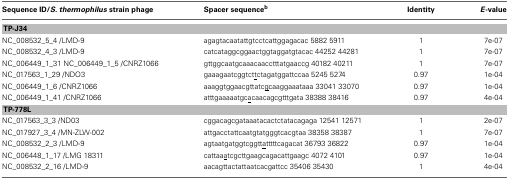
<table><thead><tr><td><b>Sequence ID/<i>S. thermophilus</i> strain phage</b></td><td><b>Spacer sequence<sup>b</sup></b></td><td><b>Identity</b></td><td><b><i>E</i>-value</b></td></tr></thead><tbody><tr><td colspan="4"><b>TP-J34</b></td></tr><tr><td>NC_008532_5_4 /LMD-9</td><td>agagtacaatattgtcctcattggagacac 5882 5911</td><td>1</td><td>7e-07</td></tr><tr><td>NC_008532_4_3 /LMD-9</td><td>catcataggcggaactggtaggatgtacac 44252 44281</td><td>1</td><td>7e-07</td></tr><tr><td>NC_006449_1_31 NC_006449_1_5 /CNRZ1066</td><td>gttggcaatgcaaacaacctttatgaaccg 40182 40211</td><td>1</td><td>7e-07</td></tr><tr><td>NC_017563_1_29 /NDO3</td><td>gaaagaatcggtct<underline>t</underline>ctagatggattccaa 5245 5274</td><td>0.97</td><td>1e-04</td></tr><tr><td>NC_006449_1_6 /CNRZ1066</td><td>aaaggtggaacgttatc<underline>g</underline>caaggaaataaa 33041 33070</td><td>0.97</td><td>1e-04</td></tr><tr><td>NC_006449_1_41 /CNRZ1066</td><td>atttgaaaaatgc<underline>a</underline>caacagcgtttgata 38388 38416</td><td>0.97</td><td>4e-04</td></tr><tr><td colspan="4"><b>TP-778L</b></td></tr><tr><td>NC_017563_3_3 /ND03</td><td>cggacagcgataaatacactctatacagaga 12541 12571</td><td>1</td><td>2e-07</td></tr><tr><td>NC_017927_3_4 /MN-ZLW-002</td><td>attgacctattcaatgtatgggtcacgtaa 38358 38387</td><td>1</td><td>7e-07</td></tr><tr><td>NC_008532_2_3 /LMD-9</td><td>agtaatgatggtcggtt<underline>a</underline>tttttcagacat 36793 36822</td><td>0.97</td><td>1e-04</td></tr><tr><td>NC_006448_1_17 /LMG 18311</td><td>cattaa<underline>a</underline>tcgcttgaagcagacattgaagc 4072 4101</td><td>0.97</td><td>1e-04</td></tr><tr><td>NC_008532_2_16 /LMD-9</td><td>aacagttactattaatcacgattcc 35406 35430</td><td>1</td><td>4e-04</td></tr></tbody></table>